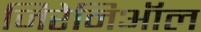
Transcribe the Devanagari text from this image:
जिरेनिऑल